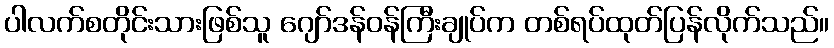
ပါလက်စတိုင်းသားဖြစ်သူ ဂျော်ဒန်ဝန်ကြီးချုပ်က တစ်ရပ်ထုတ်ပြန်လိုက်သည်။